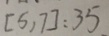
[ 5 , 7 ] = 3 5